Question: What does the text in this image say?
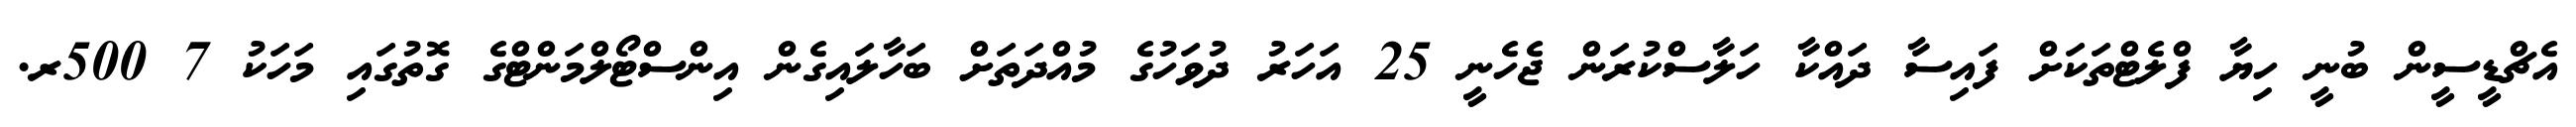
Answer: އެޗްޑީސީން ބުނީ ހިޔާ ފްލެޓްތަކަށް ފައިސާ ދައްކާ ހަލާސްކުރަން ޖެހެނީ 25 އަހަރު ދުވަހުގެ މުއްދަތަށް ބަހާލައިގެން އިންސްޓޯލްމަންޓްގެ ގޮތުގައި މަހަކު 7 500ރ.